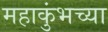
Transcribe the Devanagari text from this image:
महाकुंभच्या